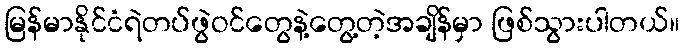
မြန်မာနိုင်ငံရဲတပ်ဖွဲဝင်တွေနဲ့တွေ့တဲ့အချိန်မှာ ဖြစ်သွားပါတယ်။